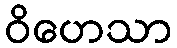
ဝိဟေသာ